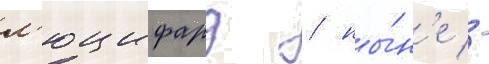
л'юцифард / ны́н'е -